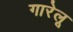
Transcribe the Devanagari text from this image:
गारेलू